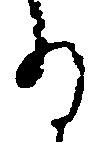
る